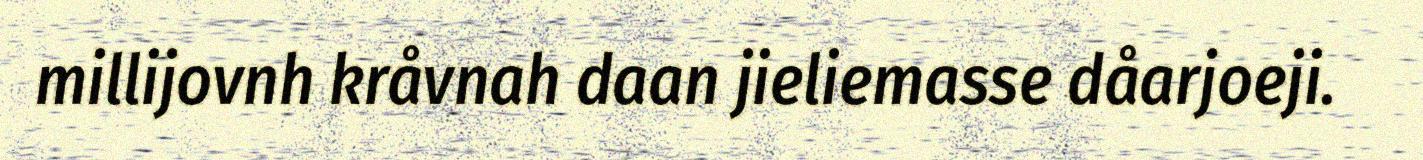
millijovnh kråvnah daan jieliemasse dåarjoeji.